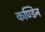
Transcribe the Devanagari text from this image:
कण्डिन